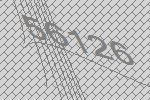
56126